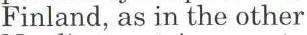
Finland, as in the other